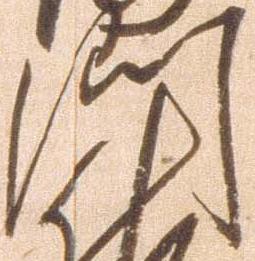
門